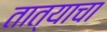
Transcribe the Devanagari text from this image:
तात्याचा